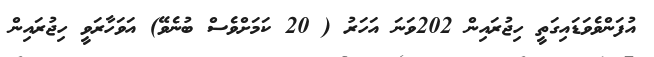
އުފަންވެވަޑައިގަތީ ހިޖުރައިން 202ވަނަ އަހަރު ( 20 ކަމަށްވެސް ބުނެވޭ) އަވަހާރަވީ ހިޖުރައިން